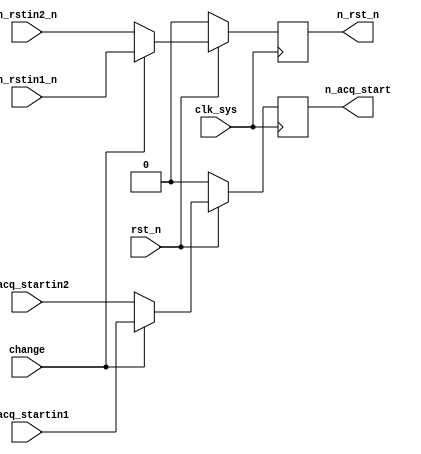
// n_pluse_acq.v

module n_pluse_acq(
                   rst_n,
                   clk_sys,
                   change,
                   n_acq_startin1,
                   n_acq_startin2,
                   n_acq_start,
                   n_rstin1_n,
                   n_rstin2_n,
                   n_rst_n
                   );
input rst_n;
input clk_sys;
input change;

input  n_acq_startin1;
input  n_acq_startin2; 
input  n_rstin1_n;
input  n_rstin2_n;

output n_acq_start;
output n_rst_n;

reg n_acq_start;
reg n_rst_n;

always @ (posedge clk_sys)
    begin
         if (rst_n == 1'b0)
             begin
                  n_acq_start <= 1'b0;
                  n_rst_n     <= 1'b0;
             end
         else
             begin
                  if (change == 1'b1)
                      begin
                           n_acq_start <= n_acq_startin1;
                           n_rst_n     <= n_rstin1_n;
                      end
                  else
                      begin
                           n_acq_start <= n_acq_startin2;
                           n_rst_n     <= n_rstin2_n;
                      end
             end
    end

endmodule